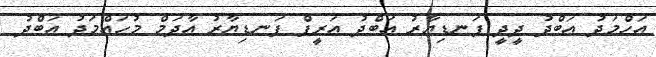
އަހްމަދު އަބްދު ދީދީ ފަނޑިޔާރު އަބްދު އަރީފް ފަނޑިޔާރު އާދަމް މުހައްމަދު އަބްދު